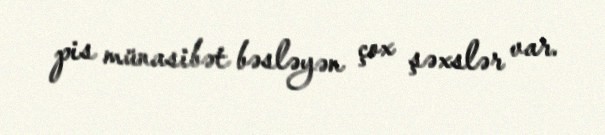
pis münasibət bəsləyən çox şəxslər var.